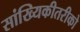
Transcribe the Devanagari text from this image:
सांख्यिकीतरीको